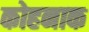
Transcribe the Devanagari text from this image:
कोहनाक